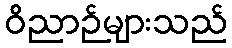
ဝိညာဉ်များသည်